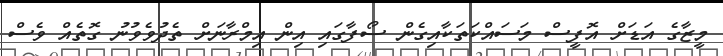
މީޒާގެ އަޑަށް އޮފީސް މަސައްކަތަކާއިގެން ސޯފާގައި އިން އިމްރާނަށް ތެދުވެވުނު ގޮތެއް ވެސް